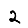
Digit: 2